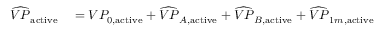
\begin{array} { r l } { \widehat { V P } _ { \mathrm { a c t i v e } } } & { { } = V P _ { 0 , \mathrm { a c t i v e } } + \widehat { V P } _ { A , \mathrm { a c t i v e } } + \widehat { V P } _ { B , \mathrm { a c t i v e } } + \widehat { V P } _ { 1 m , \mathrm { a c t i v e } } } \end{array}